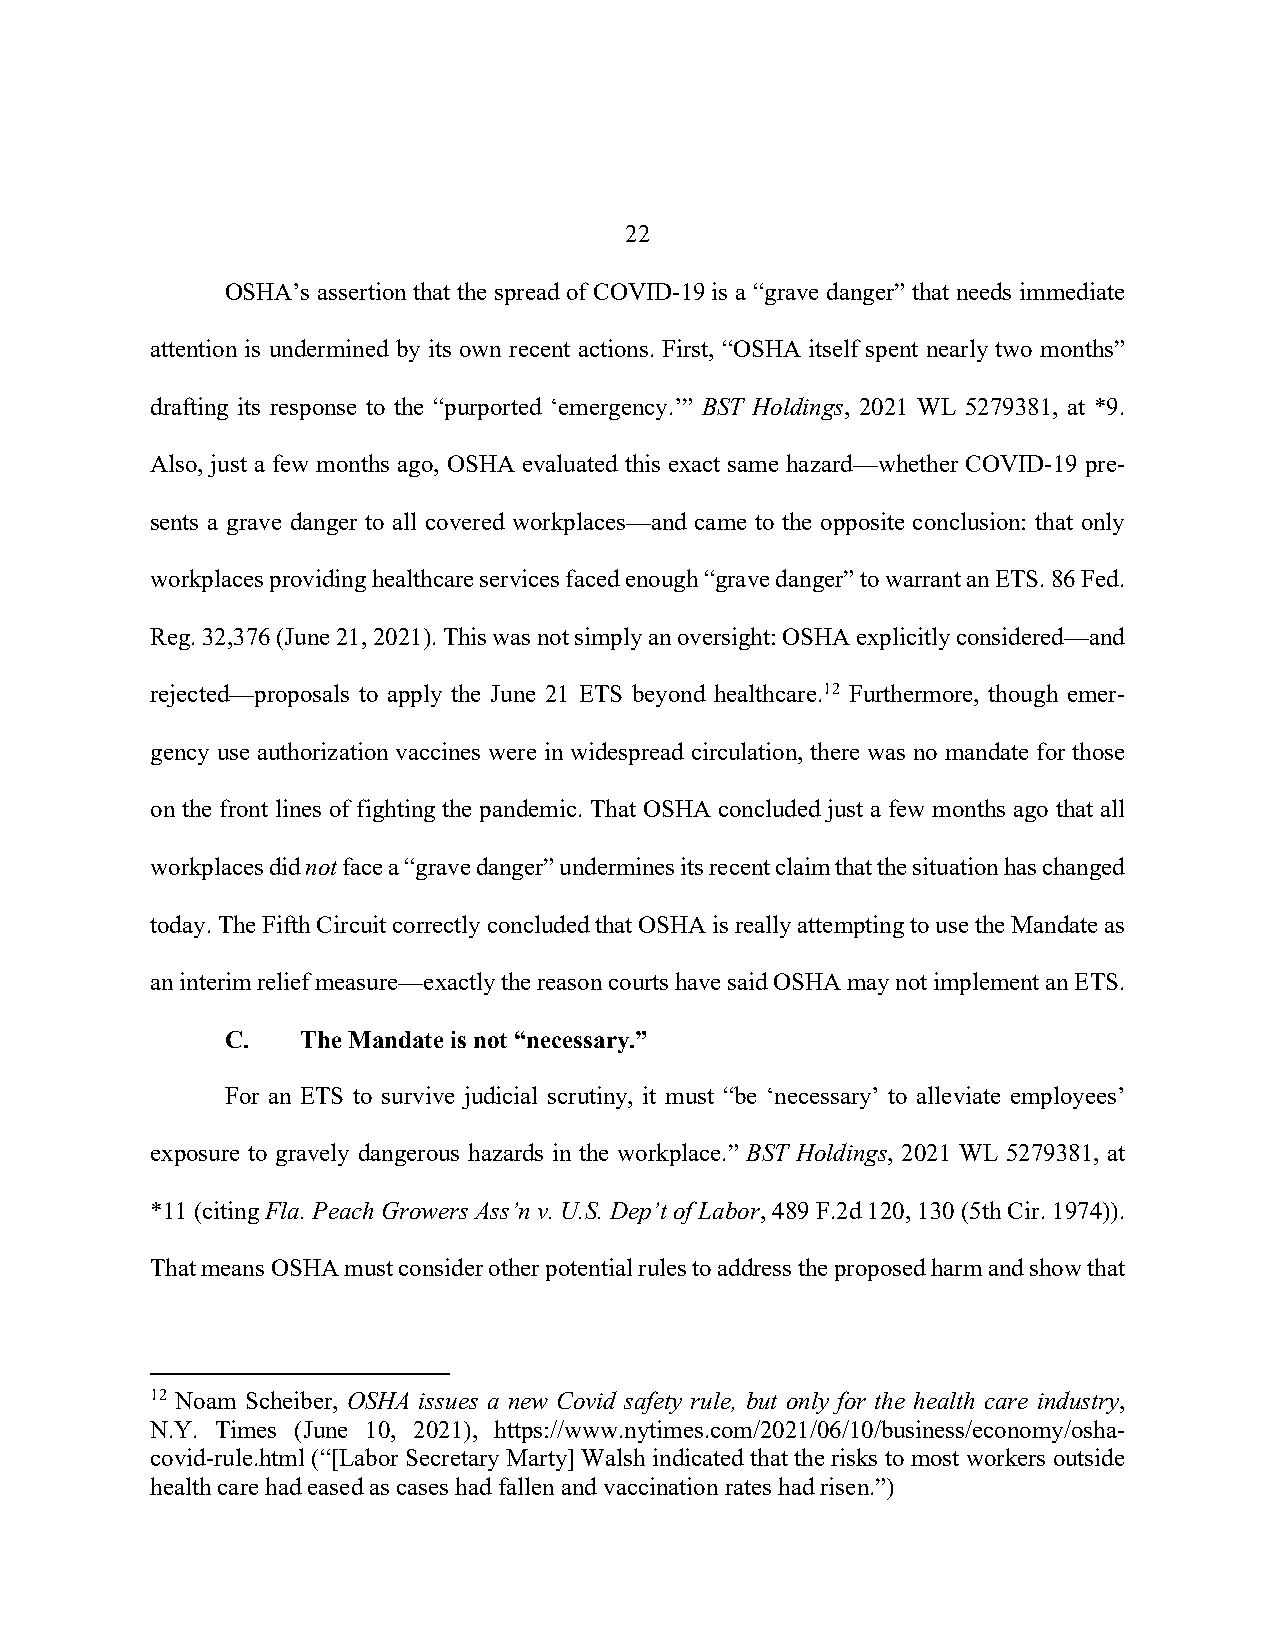
22
 OSHA’s assertion that the spread of COVID-19 is a “grave danger” that needs immediate
 attention is undermined by its own recent actions. First, “OSHA itself spent nearly two months”
 drafting its response to the “purported ‘emergency.’” BST Holdings, 2021 WL 5279381, at *9.
 Also, just a few months ago, OSHA evaluated this exact same hazard—whether COVID-19 pre-
 sents a grave danger to all covered workplaces—and came to the opposite conclusion: that only
 workplaces providing healthcare services faced enough “grave danger” to warrant an ETS. 86 Fed.
 Reg. 32,376 (June 21, 2021). This was not simply an oversight: OSHA explicitly considered—and
 rejected—proposals to apply the June 21 ETS beyond healthcare.12 Furthermore, though emer-
 gency use authorization vaccines were in widespread circulation, there was no mandate for those
 on the front lines of fighting the pandemic. That OSHA concluded just a few months ago that all
 workplaces did not face a “grave danger” undermines its recent claim that the situation has changed
 today. The Fifth Circuit correctly concluded that OSHA is really attempting to use the Mandate as
 an interim relief measure—exactly the reason courts have said OSHA may not implement an ETS.
 C.   The Mandate is not “necessary.”
 For an ETS to survive judicial scrutiny, it must “be ‘necessary’ to alleviate employees’
 exposure to gravely dangerous hazards in the workplace.” BST Holdings, 2021 WL 5279381, at
 *11 (citing Fla. Peach Growers Ass’n v. U.S. Dep’t of Labor, 489 F.2d 120, 130 (5th Cir. 1974)).
 That means OSHA must consider other potential rules to address the proposed harm and show that
 12 Noam Scheiber, OSHA issues a new Covid safety rule, but only for the health care industry,
 N.Y. Times (June 10, 2021), https://www.nytimes.com/2021/06/10/business/economy/osha-
 covid-rule.html (“[Labor Secretary Marty] Walsh indicated that the risks to most workers outside
 health care had eased as cases had fallen and vaccination rates had risen.”)